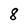
Character: 8